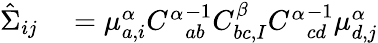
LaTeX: \begin{array}{rl}{\hat{\Sigma}_{ij}}&{{}=\mu_{a,i}^{\alpha}{C^{\alpha}}_{ab}^{-1}C_{bc,I}^{\beta}{C^{\alpha}}_{cd}^{-1}\mu_{d,j}^{\alpha}}\end{array}